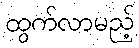
ထွက်လာမည့်